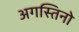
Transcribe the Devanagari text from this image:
अगस्तिनो